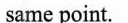
same point.